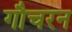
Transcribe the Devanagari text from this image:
गौचरन